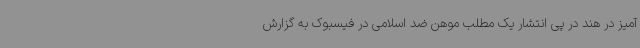
آمیز در هند در پی انتشار یک مطلب موهن ضد اسلامی در فیسبوک به گزارش